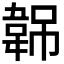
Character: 𬰭